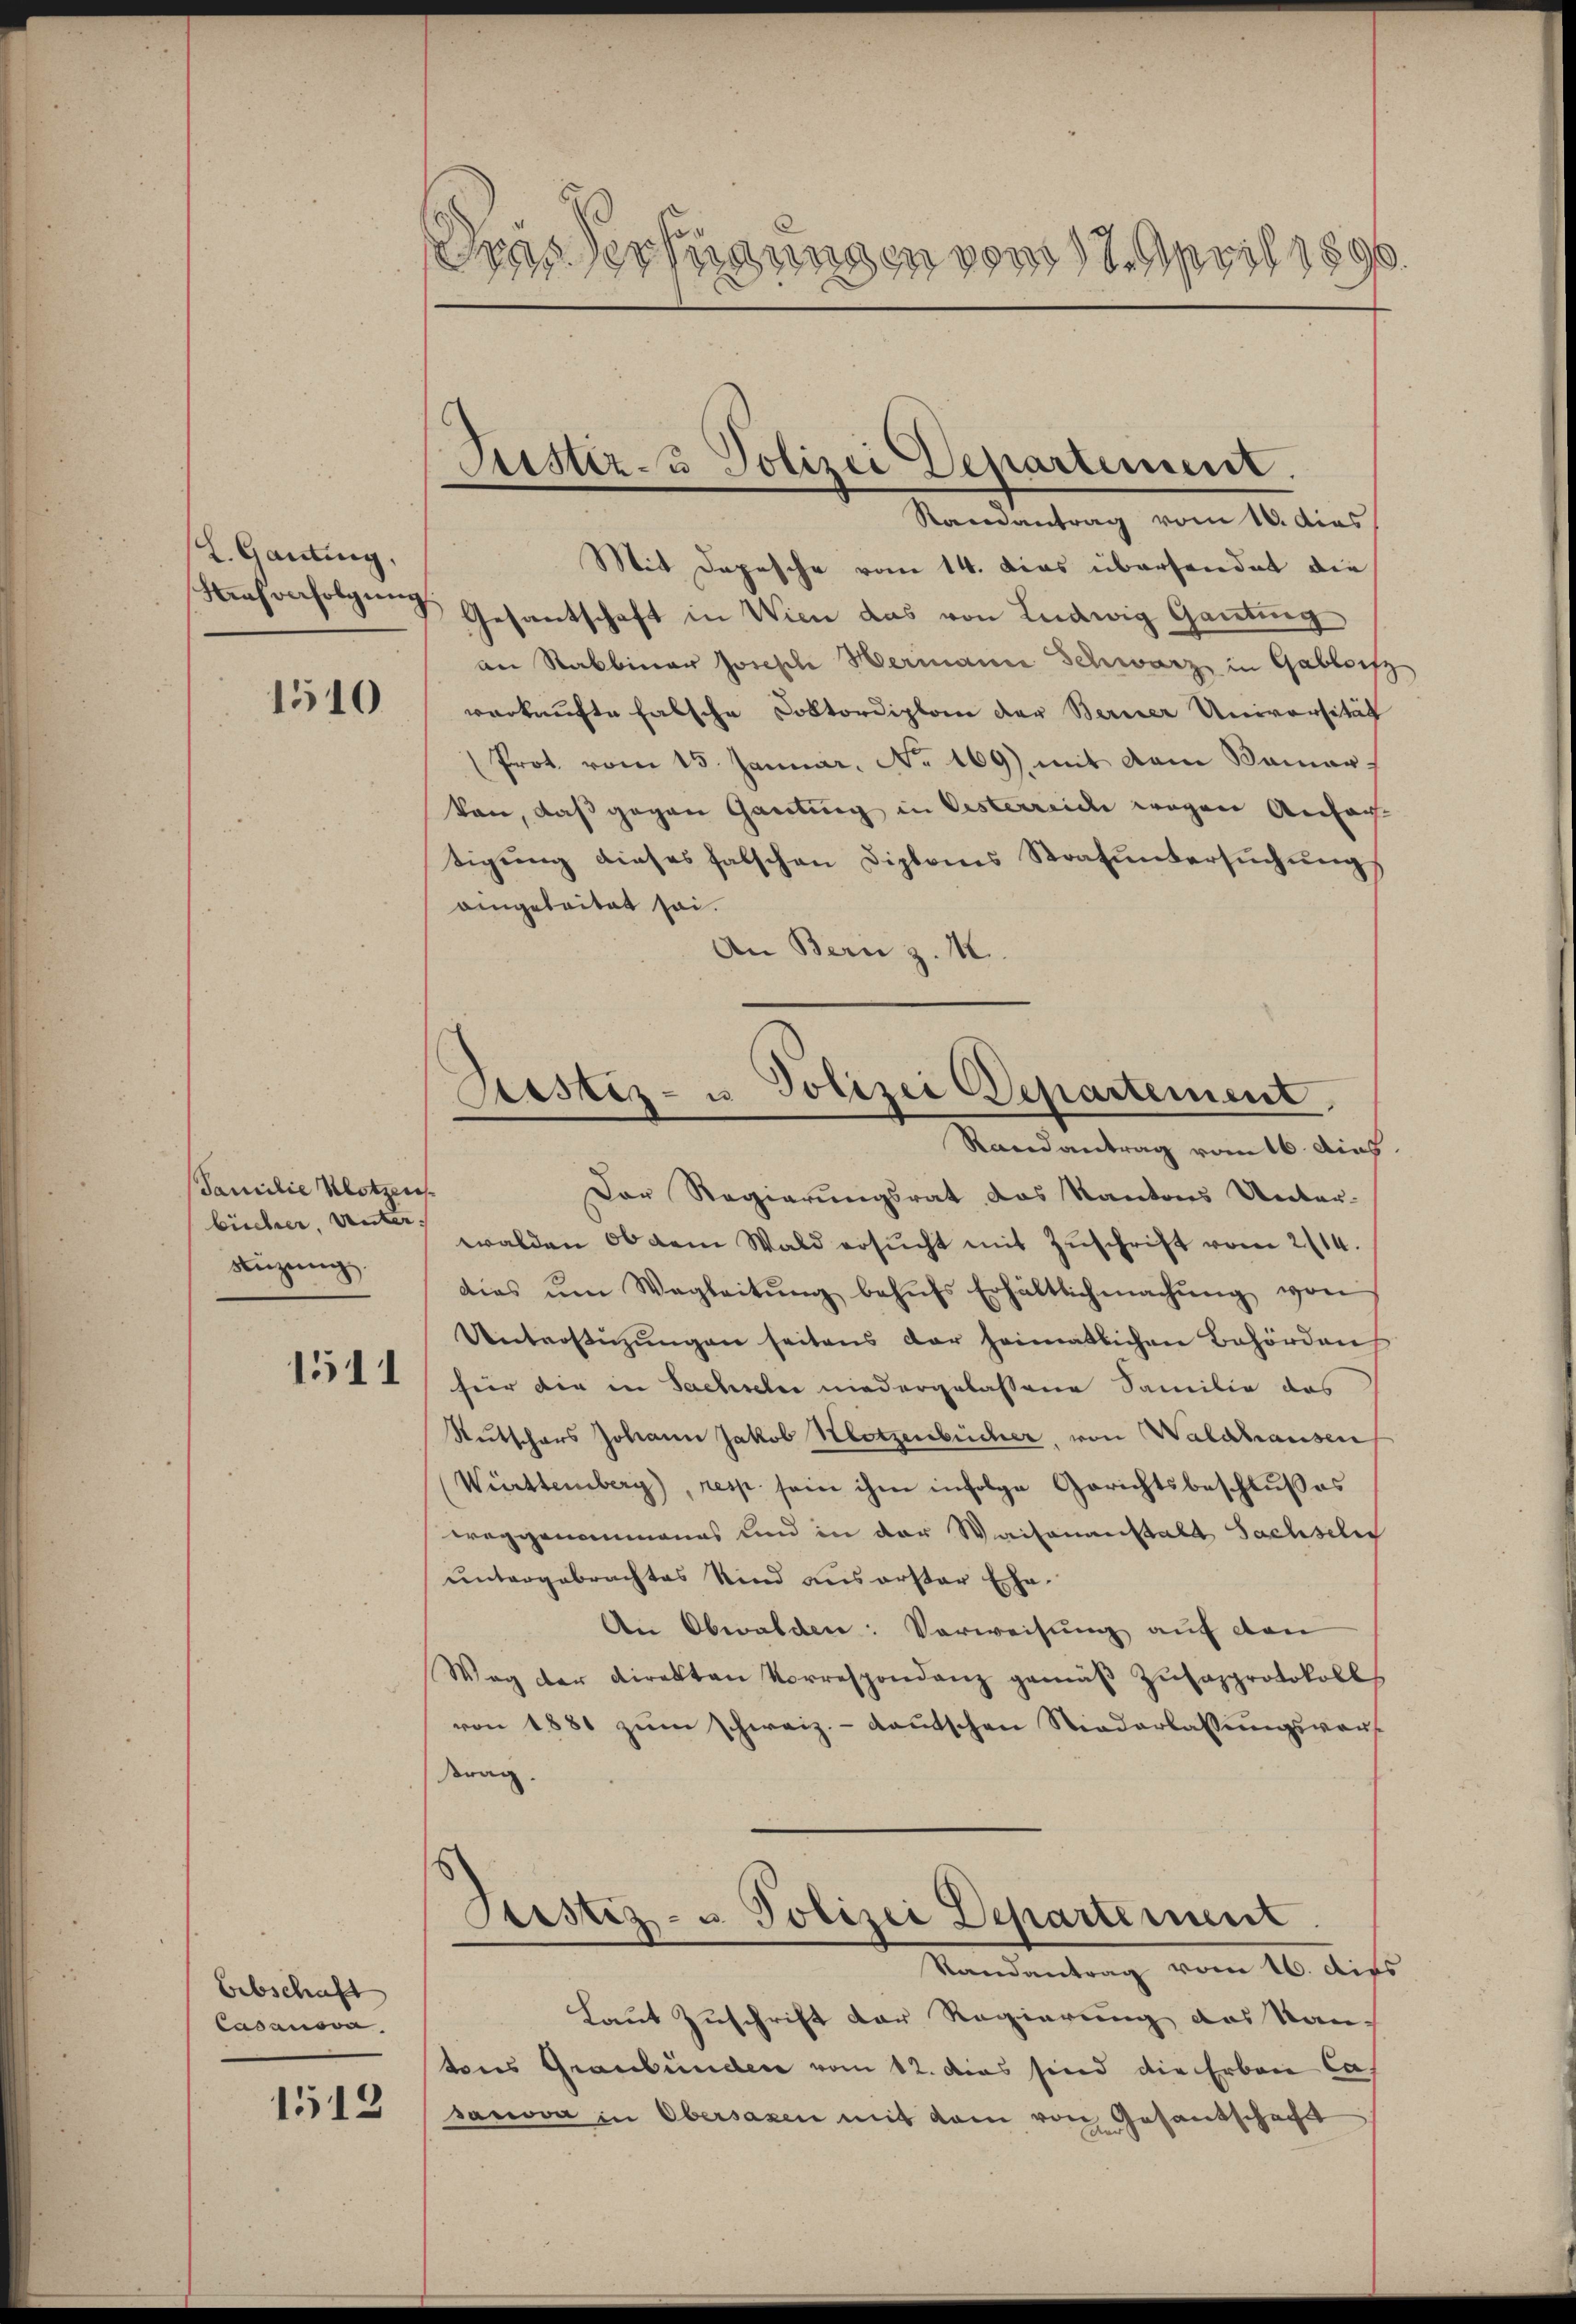
L. Ganting,

1510

Familie Klotzen
bücher, Unterstüzung.
1511

Erbschaft
Casanova

1513

Des Verfügungen vom 17. April 1890.

Justiz- & Polizei Departement.
Ramantrag vom 10. dies

Mit Depesche vom 14. Das übersendet die
schwerferfolgŭng Gesantschaft in Wien das von Ludwig Ganting
an Rabbiner Joseph Hermann Schwarz in Gabloifz
verkaufte falsche Doktordiplon der Berner Universität
Prot. vom 15. Januar. No. 169) mit dem Samar-
kan, daß gegen Ganting in Oesterreiche wegen Anfach
tigŭng dieses falschen Diplomes Strafuntersŭchŭng
aingelaitat sei.
An Bern z. M.
¬
Der Regierungsrat das Kantons Unter-
walden, ob dem Wald ersucht mit Zuschrift vom 2/14.
dias ŭm Wegleitŭng behŭfs Erhältlich machŭng von
Unterstützŭngen seitens der heimatlichen Behörden
für die in Sachseler niedergelassene Samilie das
Rutschars Johann Jakob Hotzenbücher, von Waldhausen
Württemberg), resp. sein ihm infolge Gerichtsbeschlußes
weggenommenes und in der Waisenanstalt Sachseli
untergebrachtes Kind aus erster Ehe-
An Obwalden: Verweisung auf den
Weg der Direkten Korrespondanz gemäβ Zŭsapprotokolls
von 1881 zum schweiz.- Kautschen Niederlassungsvor-
rag.
Sistiz- u. Polizei Departement
Randantrag vom 16. dies
Laut Zuschrift der Regierung des Kantons Graubünden vom 12. dies sind die Erben Cas
sanova in Obersagen mit dem von Gesandschaft

Piustiz- u Polizei Departement
Randantrag vom 16. dies